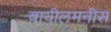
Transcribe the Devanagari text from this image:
बायीलमनीस